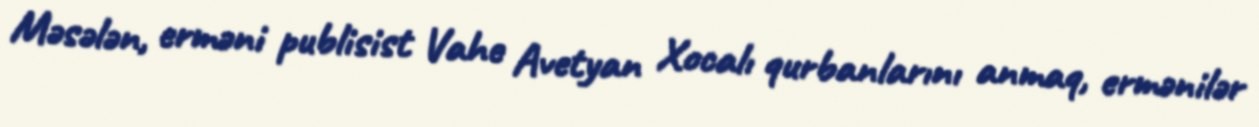
Məsələn, erməni publisist Vahe Avetyan Xocalı qurbanlarını anmaq, ermənilər